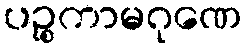
ပဉ္စကာမဂုဏေ